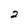
Character: 2